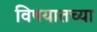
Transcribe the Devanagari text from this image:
विषयातच्या